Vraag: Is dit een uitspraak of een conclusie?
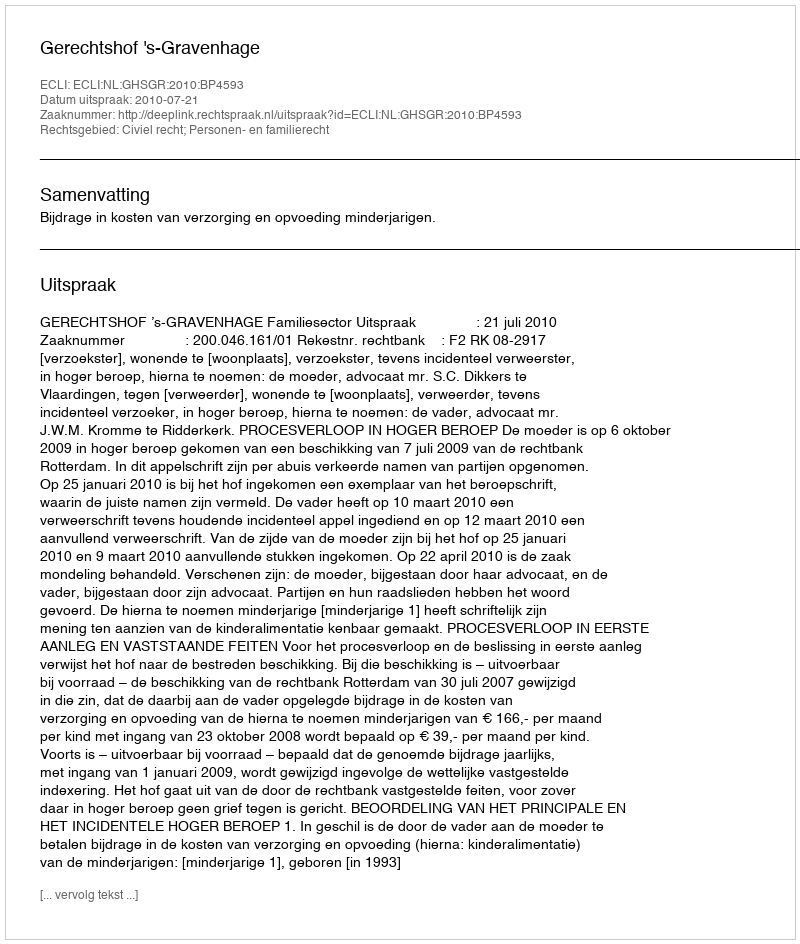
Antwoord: Uitspraak